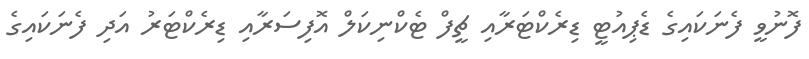
ފޮނުވީ ފެނަކައިގެ ޑެޕިއުޓީ ޑިރެކްޓަރާއި ޗީފް ޓެކްނިކަލް އޮފިސަރާއި ޑިރެކްޓަރު އަދި ފެނަކައިގެ